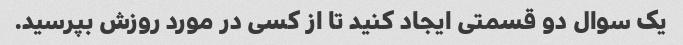
یک سوال دو قسمتی ایجاد کنید تا از کسی در مورد روزش بپرسید.